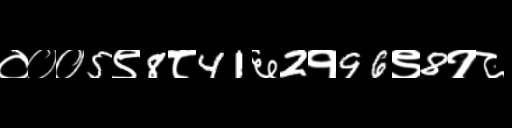
Text: ०००5९8८41६2१96९8१८